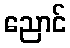
ညောင်